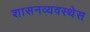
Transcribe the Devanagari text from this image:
शासनव्यवस्थेस